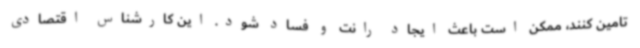
تامین کنند، ممکن است باعث ایجاد رانت و فساد شود. این کارشناس اقتصادی